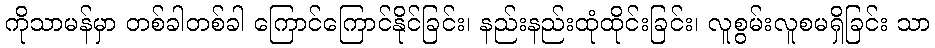
ကိုသာမန်မှာ တစ်ခါတစ်ခါ ကြောင်ကြောင်နိုင်ခြင်း၊ နည်းနည်းထုံထိုင်းခြင်း၊ လူစွမ်းလူစမရှိခြင်း သာ